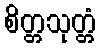
စိတ္တသုတ္တံ